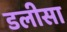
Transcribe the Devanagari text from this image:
डलीसा